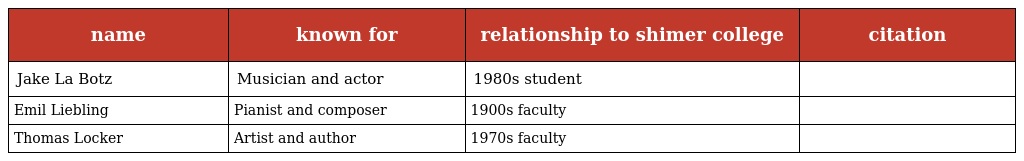
| name | known for | relationship to shimer college | citation |
 | --- | --- | --- | --- |
 | Jake La Botz | Musician and actor | 1980s student |  |
 | Emil Liebling | Pianist and composer | 1900s faculty |  |
 | Thomas Locker | Artist and author | 1970s faculty |  |